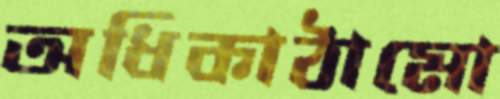
অধিকাঠামো